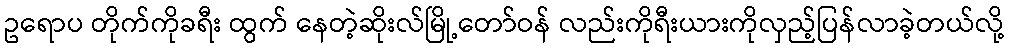
ဥရောပ တိုက်ကိုခရီး ထွက် နေတဲ့ဆိုးလ်မြို့တော်ဝန် လည်းကိုရီးယားကိုလှည့်ပြန်လာခဲ့တယ်လို့